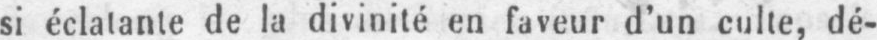
si éclatante de la divinité en faveur d’un culte, dé-